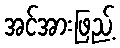
အင်အားဖြည့်